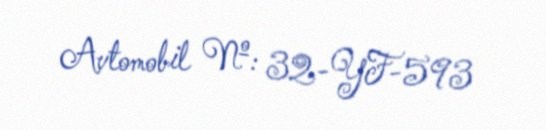
Avtomobil №: 32-YF-593